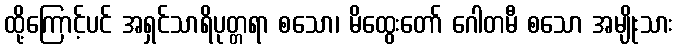
ထို့ကြောင့်ပင် အရှင်သာရိပုတ္တရာ စသော၊ မိထွေးတော် ဂေါတမီ စသော အမျိုးသား